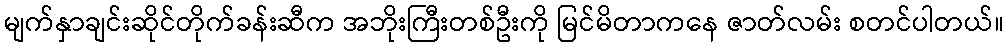
မျက်နှာချင်းဆိုင်တိုက်ခန်းဆီက အဘိုးကြီးတစ်ဦးကို မြင်မိတာကနေ ဇာတ်လမ်း စတင်ပါတယ်။